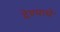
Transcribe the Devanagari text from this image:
देण्‍याचे